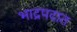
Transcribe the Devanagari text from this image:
भाद्रपदात